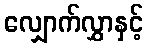
လျှောက်လွှာနှင့်